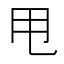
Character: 甩